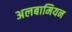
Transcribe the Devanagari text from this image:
अलबामियन